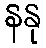
နနု